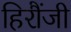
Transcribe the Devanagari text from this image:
हिरौंजी